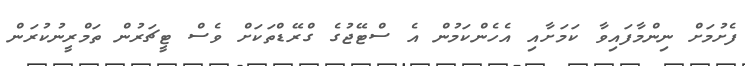
ފެށުމަށް ނިންމާފައިވާ ކަމަށާއި އެހެންކަމުން އެ ސްޓޭޖުގެ ގްރޭޑްތަކަށް ވެސް ޓީޗަރުން ތަމްރީނުކުރަން